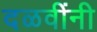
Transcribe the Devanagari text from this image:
दळवींनी